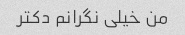
من خیلی نگرانم دکتر